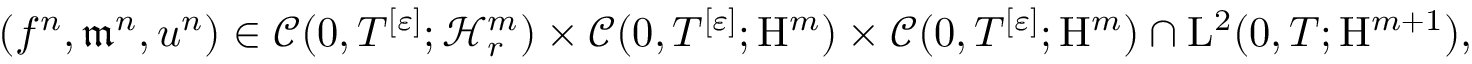
\begin{array} { r } { ( f ^ { n } , \mathfrak { m } ^ { n } , u ^ { n } ) \in \mathscr { C } ( 0 , T ^ { [ \varepsilon ] } ; \mathcal { H } _ { r } ^ { m } ) \times \mathscr { C } ( 0 , T ^ { [ \varepsilon ] } ; \mathrm { H } ^ { m } ) \times \mathscr { C } ( 0 , T ^ { [ \varepsilon ] } ; \mathrm { H } ^ { m } ) \cap \mathrm { L } ^ { 2 } ( 0 , T ; \mathrm { H } ^ { m + 1 } ) , } \end{array}